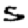
Digit: 5